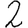
Digit: 2